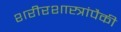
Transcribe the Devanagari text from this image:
शरीरशास्त्रांपैकी